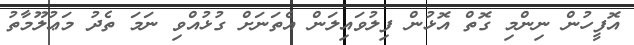
އޮފީހުން ނިންމި ގޮތް އޮޅުން ފިލުވައިލަން އެތަނަށް ގުޅުއްވި ނަމަ ތެދު މަޢުލޫމާތު